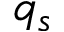
q _ { s }